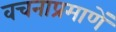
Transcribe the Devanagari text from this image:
वचनाप्रमाणें